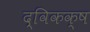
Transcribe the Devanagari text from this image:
द्विकक्ष